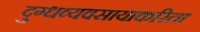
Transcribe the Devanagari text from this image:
दुग्धव्यवसायाकरिता